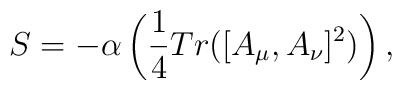
S=-\alpha\left(\frac{1}{4}Tr([A_{\mu},A_{\nu}]^{2})\right),